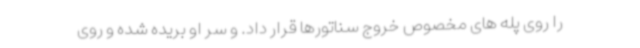
را روی پله های مخصوص خروج سناتورها قرار داد. و سر او بریده شده و روی